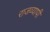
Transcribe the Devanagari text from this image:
राजव्यापी